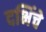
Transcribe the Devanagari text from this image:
दभिंचे